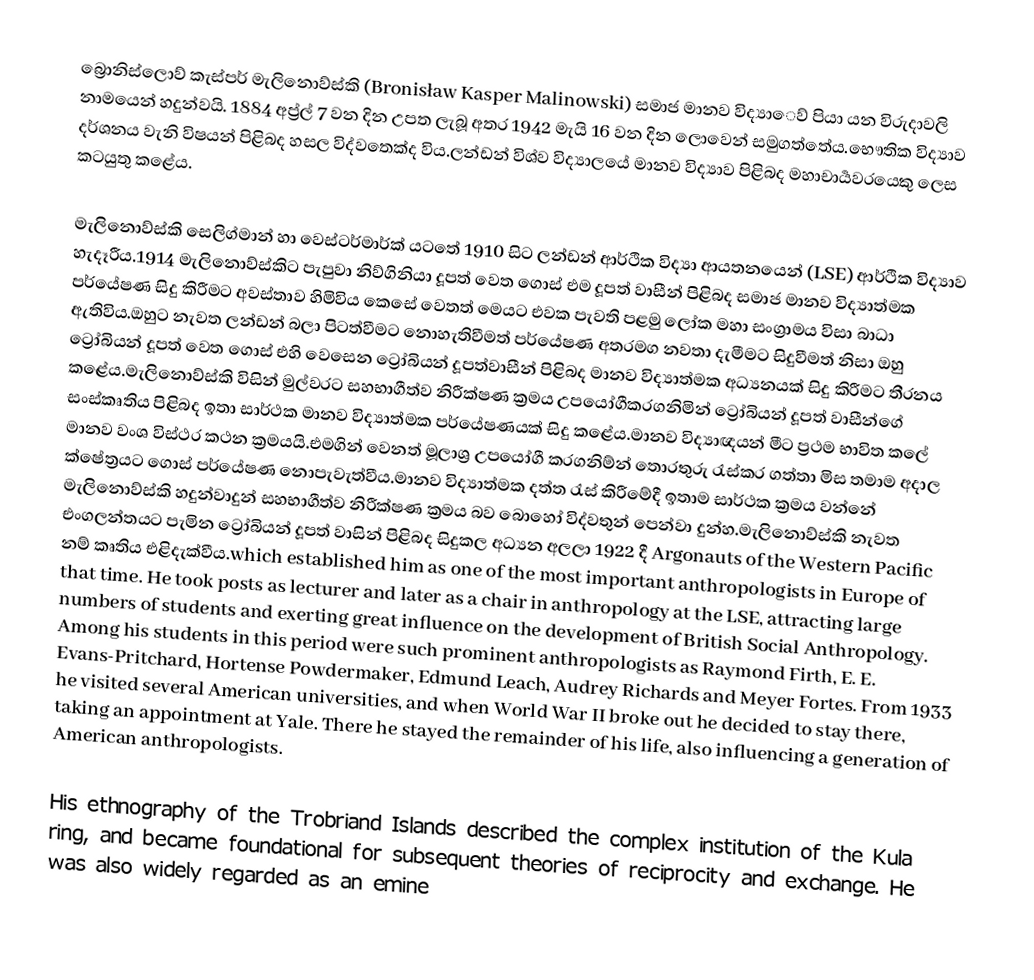
බ්‍රොනිස්ලොව් කැස්පර් මැලිනොව්ස්කි (Bronisław Kasper Malinowski) සමාජ මානව විද්‍යාෙව් පියා යන විරුදාවලි නාමයෙන් හදුන්වයි. 1884 අප්‍ර්ල් 7 වන දින උපත ලැබූ අතර 1942 මැයි 16 වන දින ලොවෙන් සමුගත්තේය.භෞතික විද්‍යාව දර්ශනය වැනි විෂයන් පිළිබද හසල විද්වතෙක්ද විය.ලන්ඩන් විශ්ව විද්‍යාලයේ මානව විද්‍යාව පිළිබද මහාචාර්‍යවරයෙකු ලෙස කටයුතු කළේය.

මැලිනොව්ස්කි සෙලිග්මාන් හා වෙස්ටර්මාර්ක් යටතේ 1910 සිට ලන්ඩන් ආර්ථික විද්‍යා ආයතනයෙන්  (LSE) ආර්ථික විද්‍යාව හැදෑරීය.1914 මැලිනොව්ස්කිට පැපුවා නිව්ගිනියා දූපත් වෙත ගොස් එම දූපත් වාසීන් පිළිබද සමාජ මානව විද්‍යාත්මක පර්යේෂණ සිදු කිරීමට අවස්තාව හිමිවිය කෙසේ වෙතත් මෙයට එවක පැවති පළමු ලෝක මහා සංග්‍රාමය විසා බාධා ඇතිවිය.ඔහුට නැවත ලන්ඩන් බලා පිටත්වීමට නොහැතිවීමත් පර්යේෂණ අතරමග නවතා දැමීමට සිදුවීමත් නිසා ඔහු ට්‍රෝබියන් දූපත් වෙත ගොස් එහි වෙසෙන ට්‍රෝබියන් දූපත්වාසීන් පිළිබද මානව විද්‍යාත්මක අධ්‍යනයක් සිදු කිරීමට තීරනය කළේය.මැලිනොව්ස්කි විසින් මුල්වරට සහභාගීත්ව නිරීක්ෂණ ක්‍රමය උපයෝගීකරගනිමින් ට්‍රෝබියන් දූපත් වාසීන්ගේ සංස්කෘතිය පිළිබද ඉතා සාර්ථක මානව විද්‍යාත්මක පර්යේෂණයක් සිදු කළේය.මානව විද්‍යාඥයන් මීට ප්‍රථම භාවිත කලේ මානව වංශ විස්ථර කථන ක්‍රමයයි.එමගින් වෙනත් මූලාශ්‍ර උපයෝගී කරගනිම්න් තොරතුරු රැස්කර ගත්තා මිස තමාම අදාල ක්ෂේත්‍රයට ගොස් පර්යේෂණ නොපැවැත්වීය.මානව විද්‍යාත්මක දත්ත රැස් කිරීමේදී ඉතාම සාර්ථක ක්‍රමය වන්නේ මැලිනොව්ස්කි හදුන්වාදුන් සහභාගීත්ව නිරීක්ෂණ ක්‍රමය බව බොහෝ විද්වතුන් පෙන්වා දුන්හ.මැලිනොව්ස්කි නැවත එංගලන්තයට පැමින ට්‍රෝබියන් දූපත් වාසින් පිළිබද සිදුකල අධ්‍යන අලලා 1922 දී  Argonauts of the Western Pacific නම් කෘතිය එළිදැක්වීය.which established him as one of the most important anthropologists in Europe of that time. He took posts as lecturer and later as a chair in anthropology at the LSE, attracting large numbers of students and exerting great influence on the development of British Social Anthropology. Among his students in this period were such prominent anthropologists as Raymond Firth, E. E. Evans-Pritchard, Hortense Powdermaker, Edmund Leach, Audrey Richards and Meyer Fortes. From 1933 he visited several American universities, and when World War II broke out he decided to stay there, taking an appointment at Yale. There he stayed the remainder of his life, also influencing a generation of American anthropologists.

His ethnography of the Trobriand Islands described the complex institution of the Kula ring, and became foundational for subsequent theories of reciprocity and exchange. He was also widely regarded as an emine